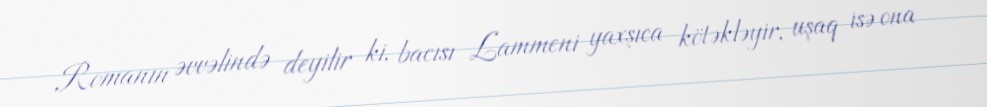
Romanın əvvəlində deyilir ki, bacısı Lammeni yaxşıca kötəkləyir, uşaq isə ona